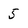
Character: 5